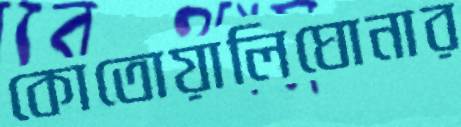
কোতোয়ালিঘোনার